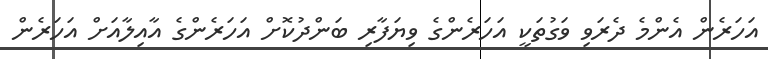
އަހަރެން އެންމެ ދެރަވި ވަގުތަކީ އަހަރެންގެ ވިޔަފާރި ބަންދުކޮށް އަހަރެންގެ އާއިލާއަށް އަހަރެން